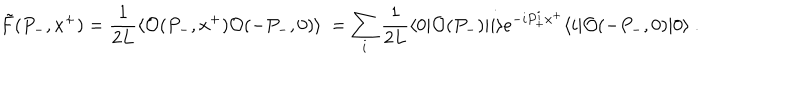
\tilde { F } ( P _ { - } , x ^ { + } ) = { \frac { 1 } { 2 L } } \langle { \cal O } ( P _ { - } , x ^ { + } ) { \cal O } ( - P _ { - } , 0 ) \rangle \ = \sum _ { i } { \frac { 1 } { 2 L } } \langle 0 | { \cal O } ( P _ { - } ) | i \rangle e ^ { - i P _ { + } ^ { i } x ^ { + } } \langle i | { \cal O } ( - P _ { - } , 0 ) | 0 \rangle \ .